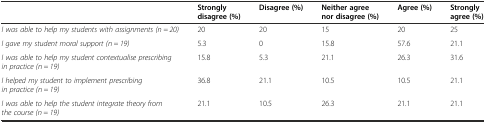
<table><thead><tr><td></td><td><b>Strongly disagree (%)</b></td><td><b>Disagree (%)</b></td><td><b>Neither agree nor disagree (%)</b></td><td><b>Agree (%)</b></td><td><b>Strongly agree (%)</b></td></tr></thead><tbody><tr><td><i>I was able to help my students with assignments (n = 20)</i></td><td>20</td><td>20</td><td>15</td><td>20</td><td>25</td></tr><tr><td><i>I gave my student moral support (n = 19)</i></td><td>5.3</td><td>0</td><td>15.8</td><td>57.6</td><td>21.1</td></tr><tr><td><i>I was able to help my student contextualise prescribing in practice (n = 19)</i></td><td>15.8</td><td>5.3</td><td>21.1</td><td>26.3</td><td>31.6</td></tr><tr><td><i>I helped my student to implement prescribing in practice (n = 19)</i></td><td>36.8</td><td>21.1</td><td>10.5</td><td>10.5</td><td>21.1</td></tr><tr><td><i>I was able to help the student integrate theory from the course (n = 19)</i></td><td>21.1</td><td>10.5</td><td>26.3</td><td>21.1</td><td>21.1</td></tr></tbody></table>